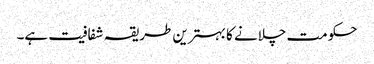
حکومت چلانے کا بہترین طریقہ شفافیت ہے۔